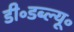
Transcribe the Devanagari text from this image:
डी॰डब्ल्यू॰